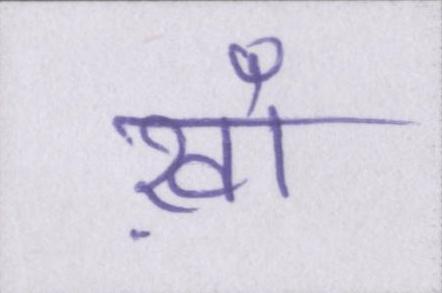
ख़ाँ